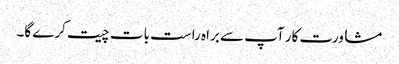
مشاورت کار آپ سے براہ راست بات چیت کرے گا۔